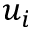
u _ { i }